38_143685_box_Incident_Summaries_101-172
Agency: Department of War
Page 7
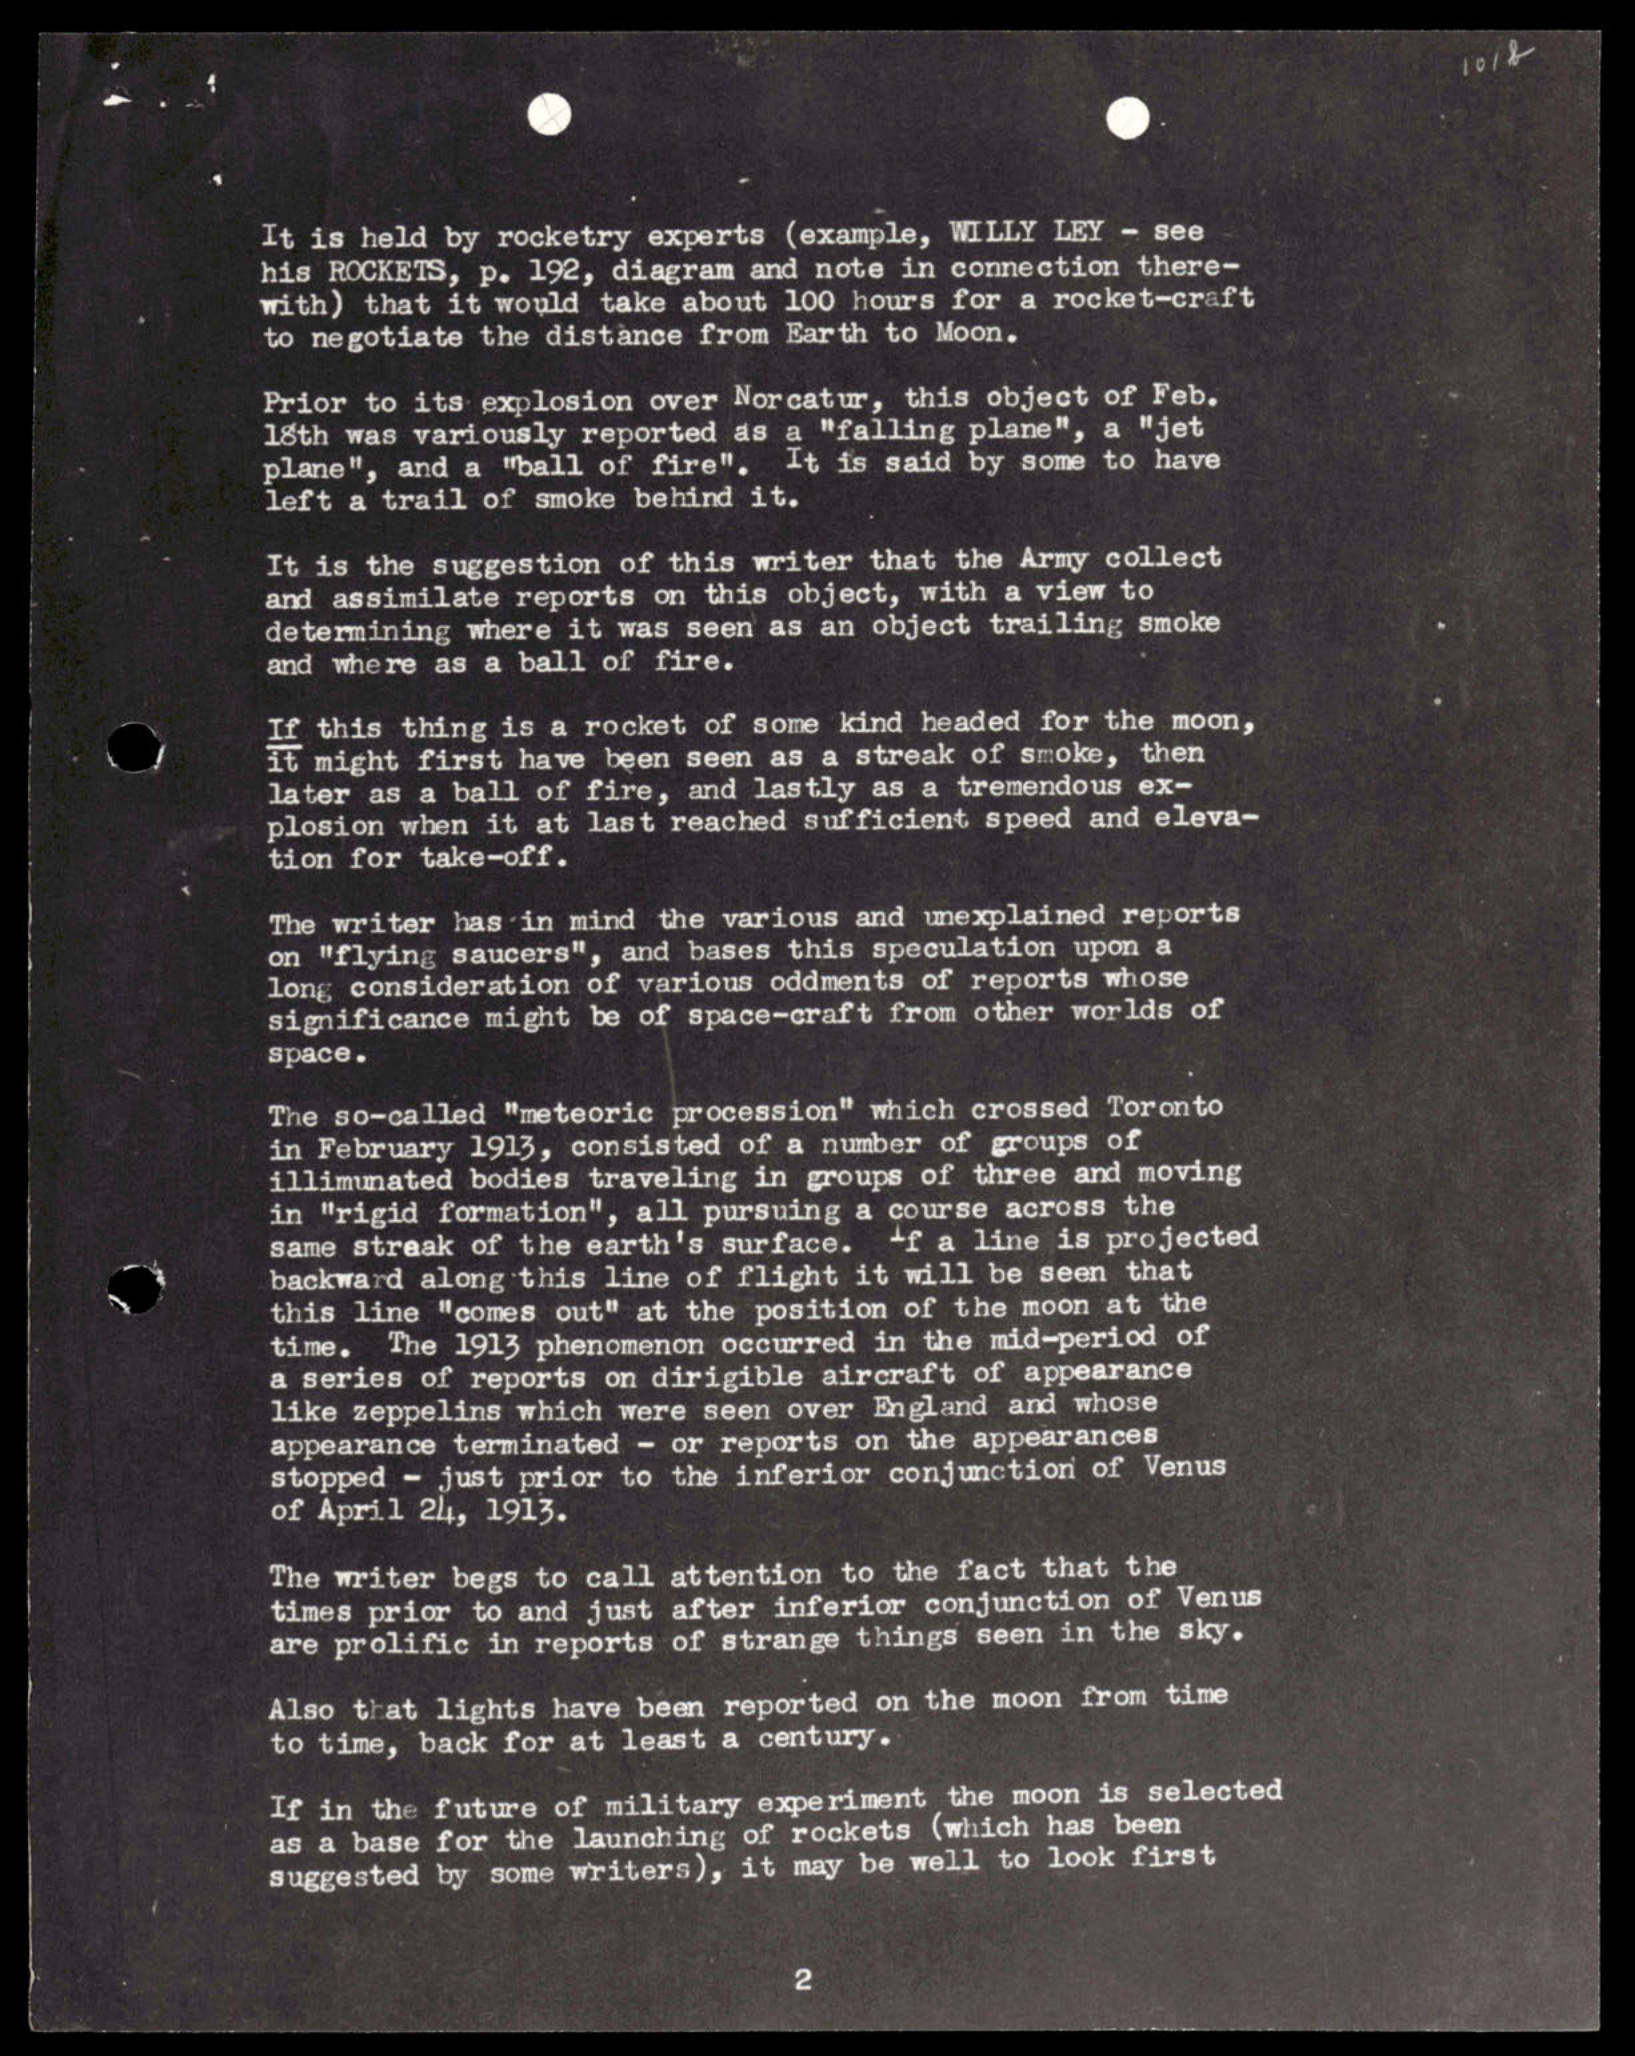